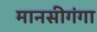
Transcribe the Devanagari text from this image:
मानसीगंगा